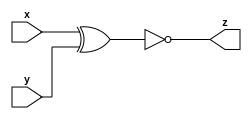
module xnor_gate_n (x, y, z);
  parameter n="";
  input [n-1:0] x;
  input [n-1:0] y;
  output [n-1:0] z;
  
  assign z = ~(x^y) ;
  
  
endmodule